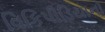
વિકિપીડિયાનો